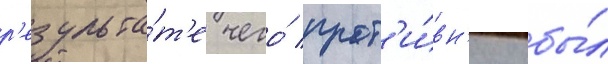
р'езульта́т'е чего́ прот'и́вн'ику бы́л